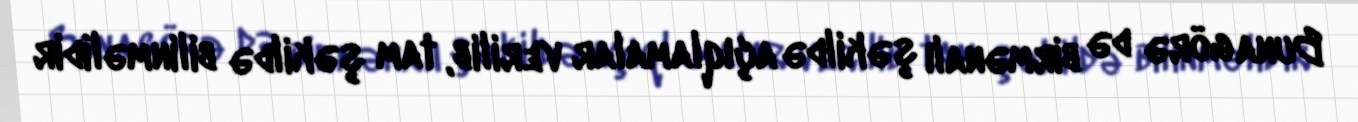
Buna görə də birmənalı şəkildə açıqlamalar verilib, tam şəkildə bilinməlidir